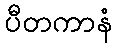
ပီတကာနံ